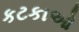
કટકાઓ